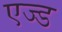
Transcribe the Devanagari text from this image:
एज्ड